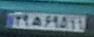
۳۹ه۶۹۵۱۱